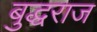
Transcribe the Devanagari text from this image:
बुद्धराज